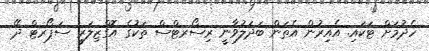
ހެދުމަށް ޓަކައި. އެެއިރުން އެތަން ބަދަލުވާނީ ރިސޯރޓްސް ތަކުގެ އޮގްޒިލަރީ ސަޕޯރޓް ދޭ